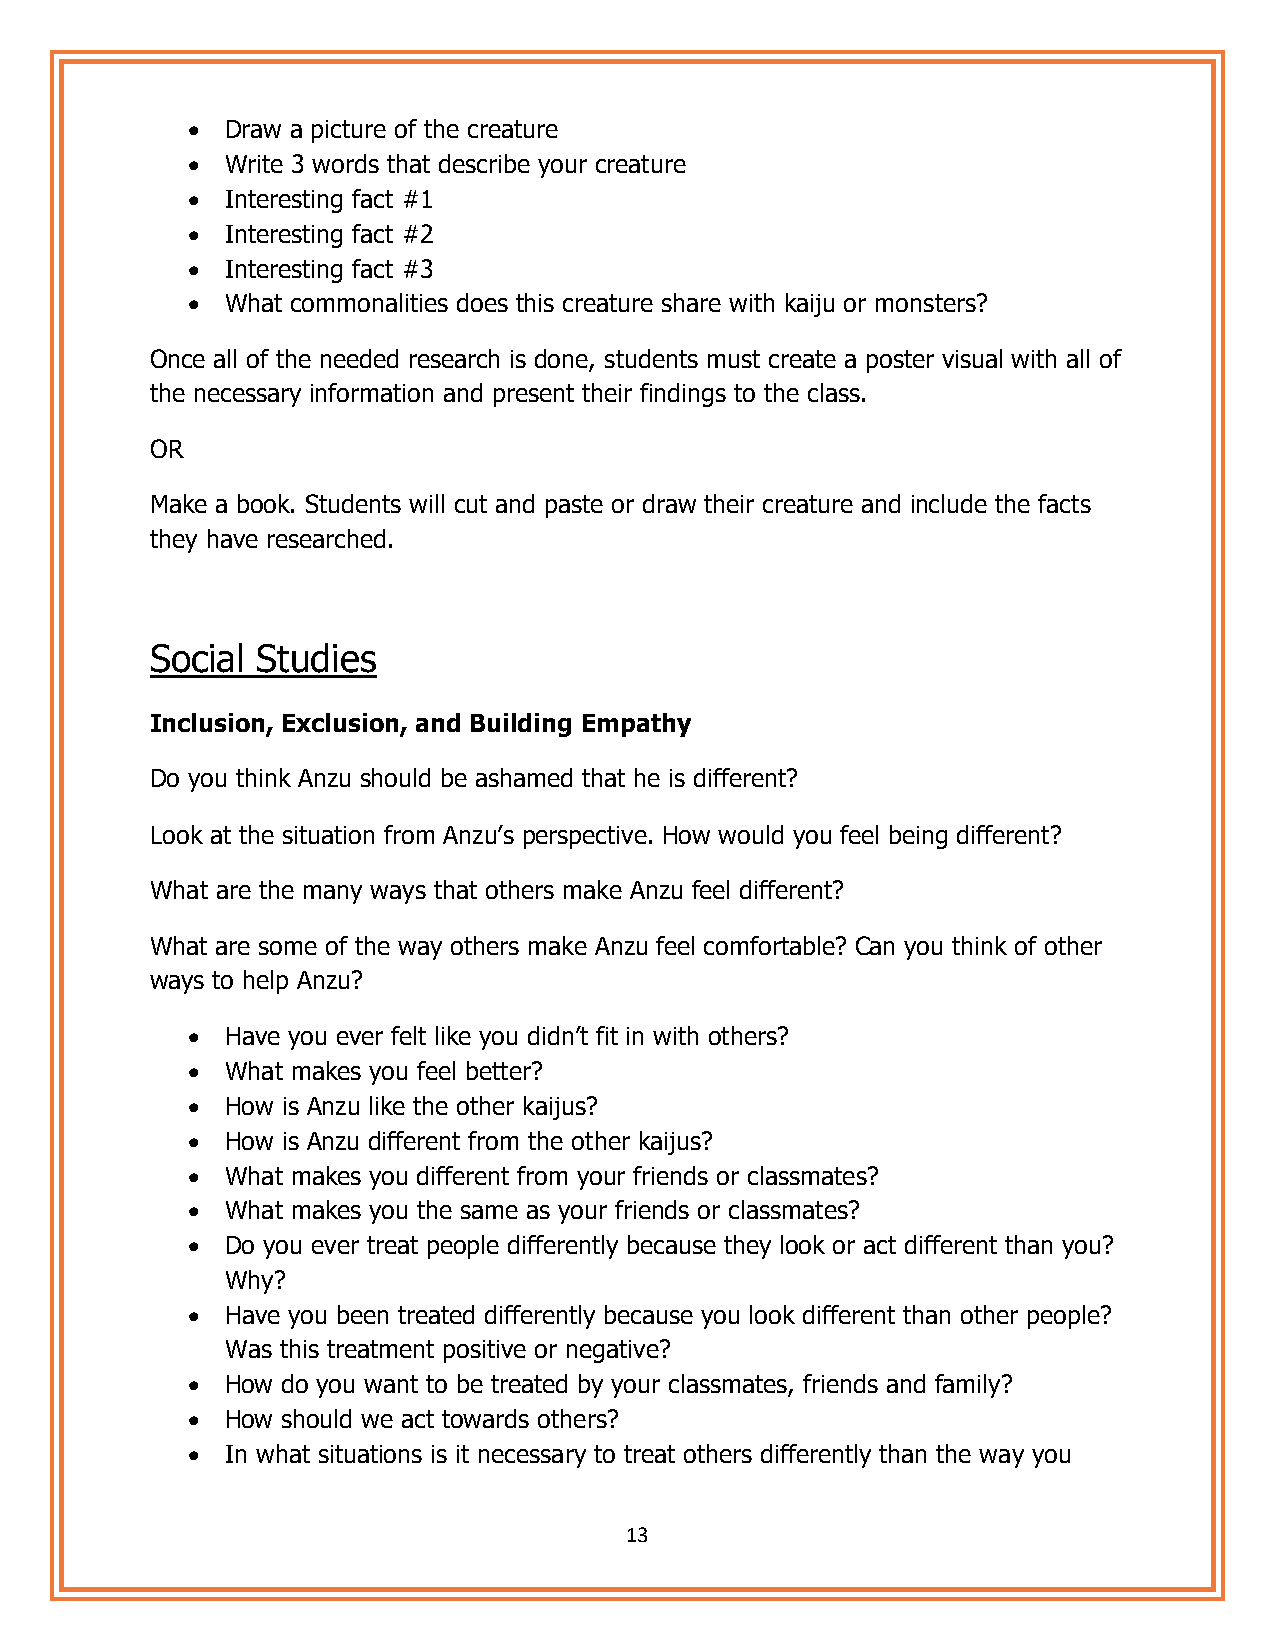
•  Draw a picture of the creature
 •  Write 3 words that describe your creature
 •  Interesting fact #1
 •  Interesting fact #2
 •  Interesting fact #3
 •  What commonalities does this creature share with kaiju or monsters?
 Once all of the needed research is done, students must create a poster visual with all of
 the necessary information and present their findings to the class.
 OR
 Make a book. Students will cut and paste or draw their creature and include the facts
 they have researched.
 Social Studies
 Inclusion, Exclusion, and Building Empathy
 Do you think Anzu should be ashamed that he is different?
 Look at the situation from Anzu’s perspective. How would you feel being different?
 What are the many ways that others make Anzu feel different?
 What are some of the way others make Anzu feel comfortable? Can you think of other
 ways to help Anzu?
 •  Have you ever felt like you didn’t fit in with others?
 •  What makes you feel better?
 •  How is Anzu like the other kaijus?
 •  How is Anzu different from the other kaijus?
 •  What makes you different from your friends or classmates?
 •  What makes you the same as your friends or classmates?
 •  Do you ever treat people differently because they look or act different than you?
 Why?
 •  Have you been treated differently because you look different than other people?
 Was this treatment positive or negative?
 •  How do you want to be treated by your classmates, friends and family?
 •  How should we act towards others?
 •  In what situations is it necessary to treat others differently than the way you
 13